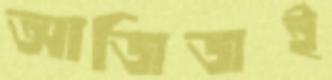
আজিজই